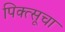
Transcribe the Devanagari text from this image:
पिक्त्सूचा